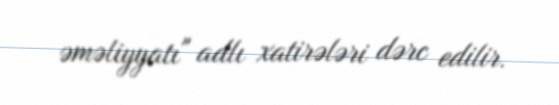
əməliyyatı" adlı xatirələri dərc edilir.